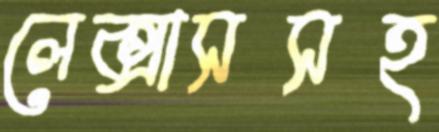
লেক্সাসসহ